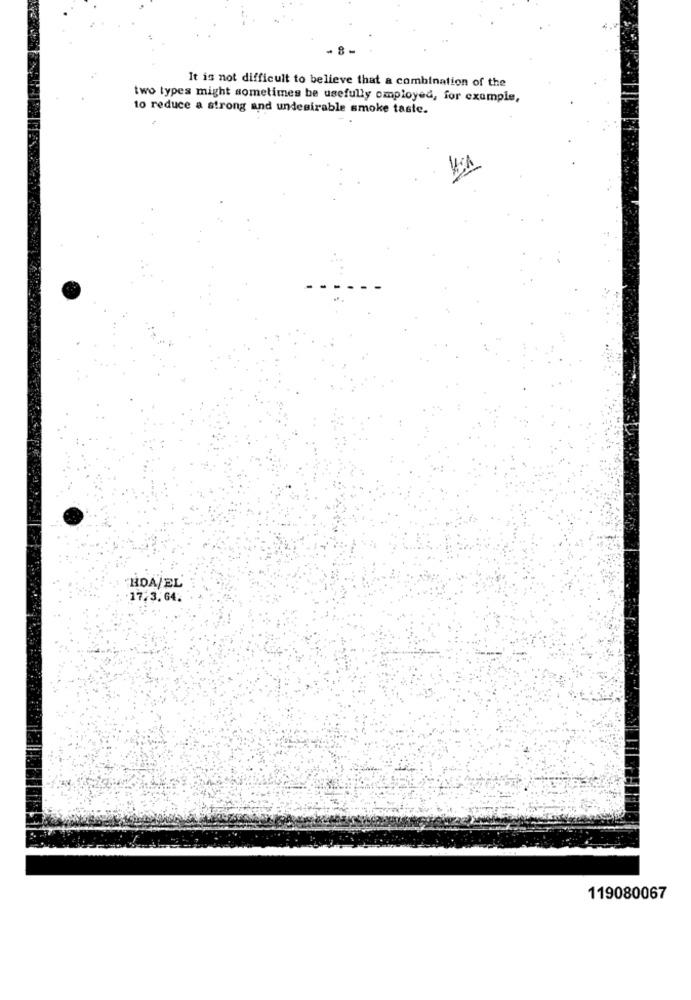
8-
It is not difficult to believe that a combination of the
two types might sometimes be usefully omployed, for example,
to reduce a strong and undesirable smoke taste.
BOA/EL
17.3.64.
119080067